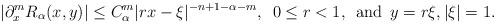
LaTeX: \begin{align*}|\partial_{x}^{m}R_{\alpha}(x,y)|\leq C_{\alpha}^{m}|rx-\xi|^{-n+1-\alpha-m},\enspace 0\leq r<1,\enspace\mbox{and}\enspace y=r\xi, |\xi|=1.\end{align*}